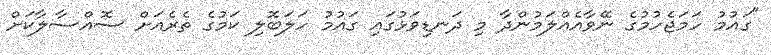
"ގައުމު ހަމަޖެހުމުގެ ނޭވާއެއްލަމުންދާ މި ދަނޑިވަޅުގައި ގައުމު ހަލަބޮލި ކަމުގެ ތެރެއަށް ސޮއްސާލާކަށް